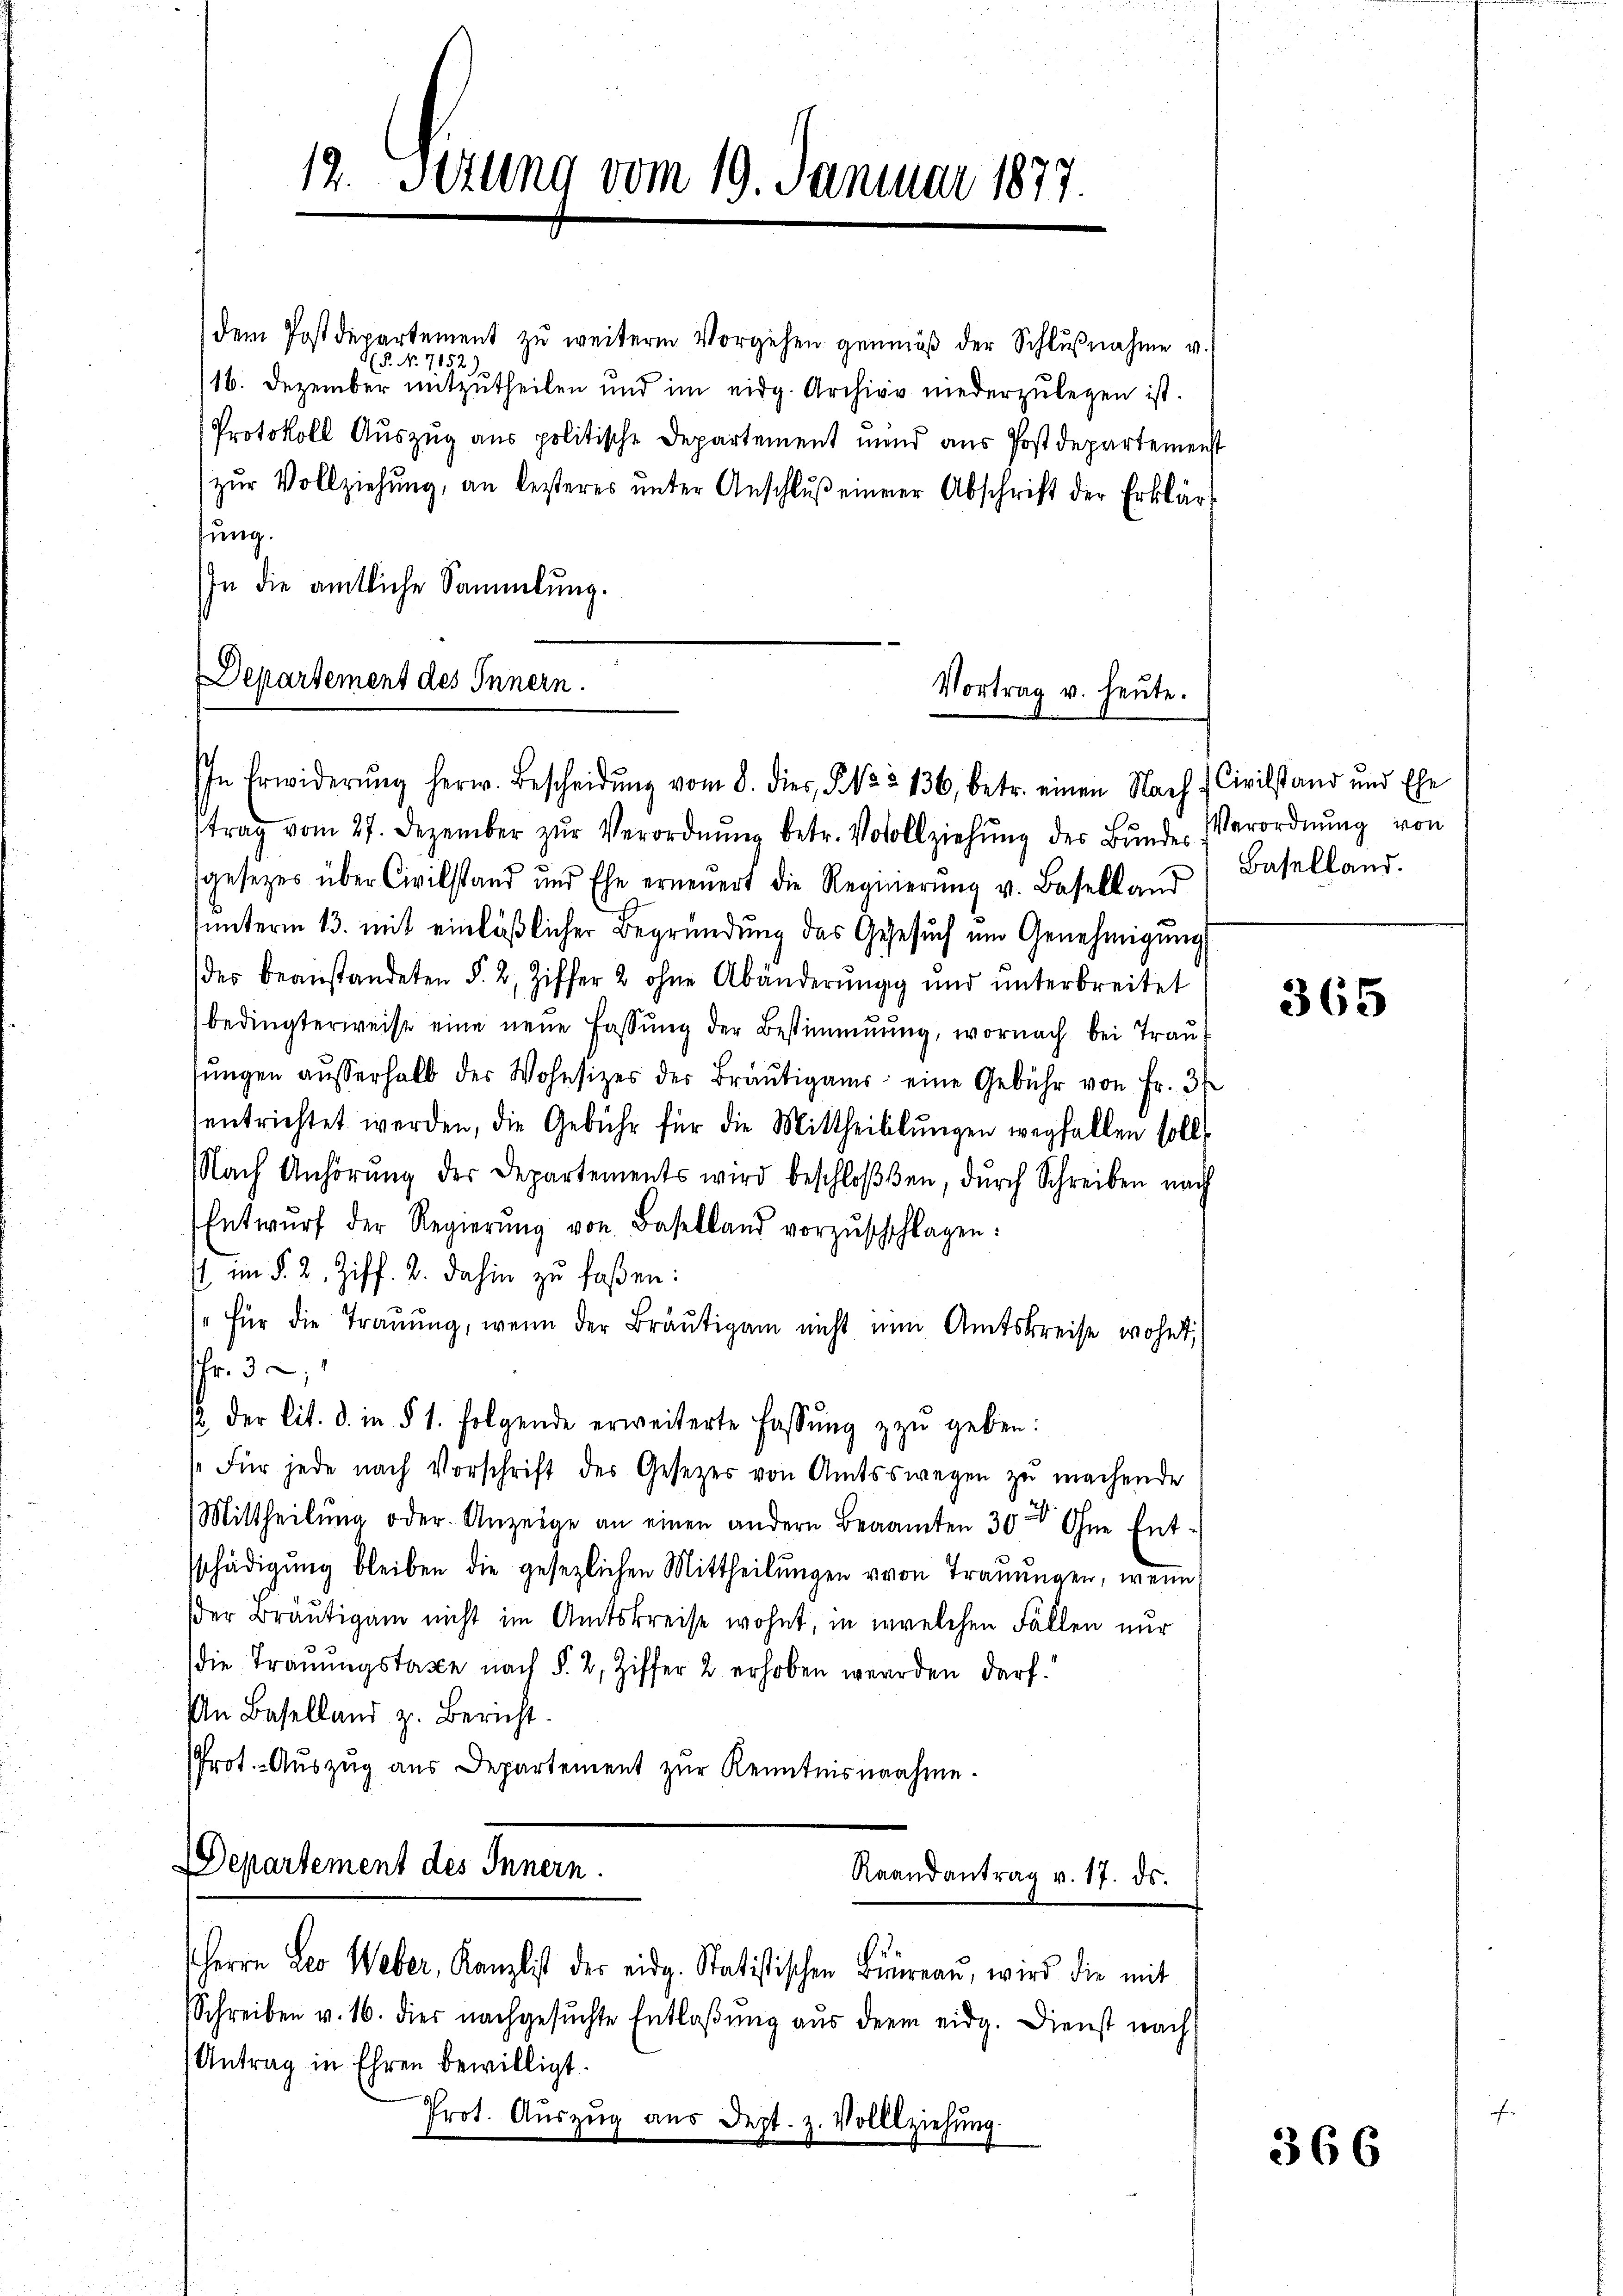
dem Postdepartement zu weiterm Vorgehen genmäβ der Schlŭβnahme v.
P. No 7152)
/16. Dezember mitzutheilen und im eidg. Archive niederzulegen ist.
Protokoll Auszug aus politische Departement mand aus Postdepartemenst
zŭr Vollziehung, an lezteres ŭnter Anschlŭβ einer Abschrift der Erklärt
sung.
In die amtliche Sammlung.

Departement des Innern.
Vortrag v. heute.
IIn Erwiderŭng herr. Bescheidŭng vom 8. dies § 122 136, betr. einen Nach Civilstand und Ehe

12. Sizung vom 19. Januar 1877.

trag vom 27. Dezember zŭr Verordnŭng betr. Votollziehŭng des Bŭnde-Verordnŭng von
sgesetzes über Civilstand und Ehe erneŭert die Regierŭng v. Baselland
unterm 13. mit einläßlicher Begründung das Geesuch um Genehmigung
des beanstandeten §. 2. Ziffer 2 ohne Abänderŭng ŭnd ŭnterbreitet
bedingterweise eine neue Fassung der Bestimmung, wornach bei Trau
sŭngen aŭsserhalb der Wohnsizes der Bräŭtigams eine Gebühr von Fr. 3
entrichtet werden, die Gebühr für die Mittheillŭngen wegfallen soll
Nach Anhörŭng der Departements wird beschlossen, durch Schreiben nach
Entwŭrf der Regierŭng von Baselland vorzŭschchlagen:
s im §. 2. Ziff. 2. dahin zu faßen:
"Für die Trauung, wenn der Bräŭtigam nicht nun Amtskreise wohnt,
shr. 32,
12. der lit. d. in § 1. folgende erweiterte Fassŭng zŭ geben:
"Für jede nach Vorschrift des Gesetzer von Amtsswegen zŭ machende
Mittheilŭng oder Anzeige an einen andern Beamten 30 Ohne Ent-
sschädigŭng bleiben die gesezlichen Mittheilŭngen von Trauungen, wenn
der Bräutigam nicht im Amtskreise wohnt, in welchen Fällen nur
die Trauungstaxe nach §. 2, Ziffer 2 erhoben werden darf.
An Baselland z. Bericht.
Prot. Auszug aus Departement zur Kenntnisnahme.
DDepartement des Innern.
Raandantrag v. 17. ds.
Herrn Leo Weber, Kanzlist der eidg. Statistischen Büreau, wird die mit
Schreiben v. 16. dies nachgesŭchte Entlaβŭng aŭs der eidg. Dienst nach
Antrag in Ehren bewilligt.
Prot. Auszug aus Sept. z. Vollziehung.

Baselland.

365

366